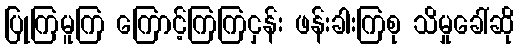
ပြုကြမူကြ ကြောင့်ကြကြငှန်း ဖန်းခါးကြစု သိမှုခေါ်ဆို